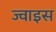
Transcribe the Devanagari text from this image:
ज्वाइस